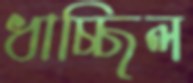
ধাচ্ছিল